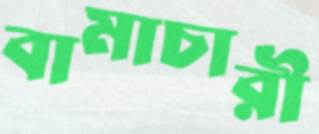
বামাচারী